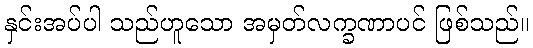
နှင်းအပ်ပါ သည်ဟူသော အမှတ်လက္ခဏာပင် ဖြစ်သည်။